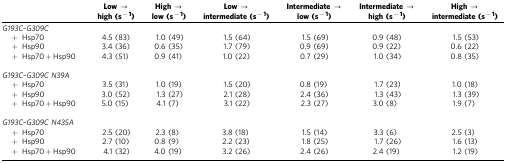
|  | Low → high(s−1) | High → low(s−1) | Low → intermediate(s−1) | Intermediate → low(s−1) | Intermediate → high(s−1) | High → intermediate(s−1) |
 | --- | --- | --- | --- | --- | --- | --- |
 | <COLSPAN=7> G193C–G309C |
 | + Hsp70 | 4.5 (83) | 1.0 (49) | 1.5 (64) | 1.5 (69) | 0.9 (48) | 1.5 (53) |
 | + Hsp90 | 3.4 (36) | 0.6 (35) | 1.7 (79) | 0.9 (69) | 0.9 (22) | 0.6 (22) |
 | + Hsp70+Hsp90 | 4.3 (51) | 0.9 (41) | 1.0 (22) | 0.7 (29) | 1.0 (34) | 0.8 (35) |
 |  |  |  |  |  |  |  |
 | <COLSPAN=7> G193C–G309C N39A |
 | + Hsp70 | 3.5 (31) | 1.0 (19) | 1.5 (20) | 0.8 (19) | 1.7 (23) | 1.0 (18) |
 | + Hsp90 | 3.0 (52) | 1.3 (27) | 2.1 (28) | 2.4 (36) | 1.3 (43) | 1.3 (39) |
 | + Hsp70+Hsp90 | 5.0 (15) | 4.1 (7) | 3.1 (22) | 2.3 (27) | 3.0 (8) | 1.9 (7) |
 |  |  |  |  |  |  |  |
 | <COLSPAN=7> G193C–G309C N435A |
 | + Hsp70 | 2.5 (20) | 2.3 (8) | 3.8 (18) | 1.5 (14) | 3.3 (6) | 2.5 (3) |
 | + Hsp90 | 2.7 (10) | 0.8 (9) | 2.2 (23) | 1.8 (25) | 1.7 (26) | 1.6 (13) |
 | + Hsp70+Hsp90 | 4.1 (32) | 4.0 (19) | 3.2 (26) | 2.4 (26) | 2.4 (19) | 1.2 (19) |